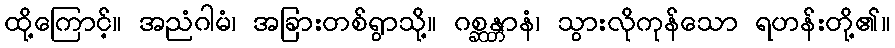
ထို့ကြောင့်။ အညံဂါမံ၊ အခြားတစ်ရွာသို့။ ဂစ္ဆန္တာနံ၊ သွားလိုကုန်သော ရဟန်းတို့၏။